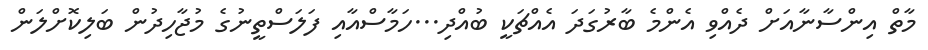
މާތް އިންސާނާއަށް ދެއްވި އެންމެ ބާރުގަދަ އެއްޗަކީ ބުއްދި...ހަމާސްއާއި ފަލަސްތީނުގެ މުޖާހިދުން ބަލިކޮށްލަން